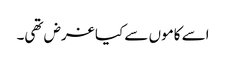
اسے کاموں سے کیا غرض تھی۔